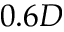
0 . 6 D